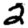
Digit: 2